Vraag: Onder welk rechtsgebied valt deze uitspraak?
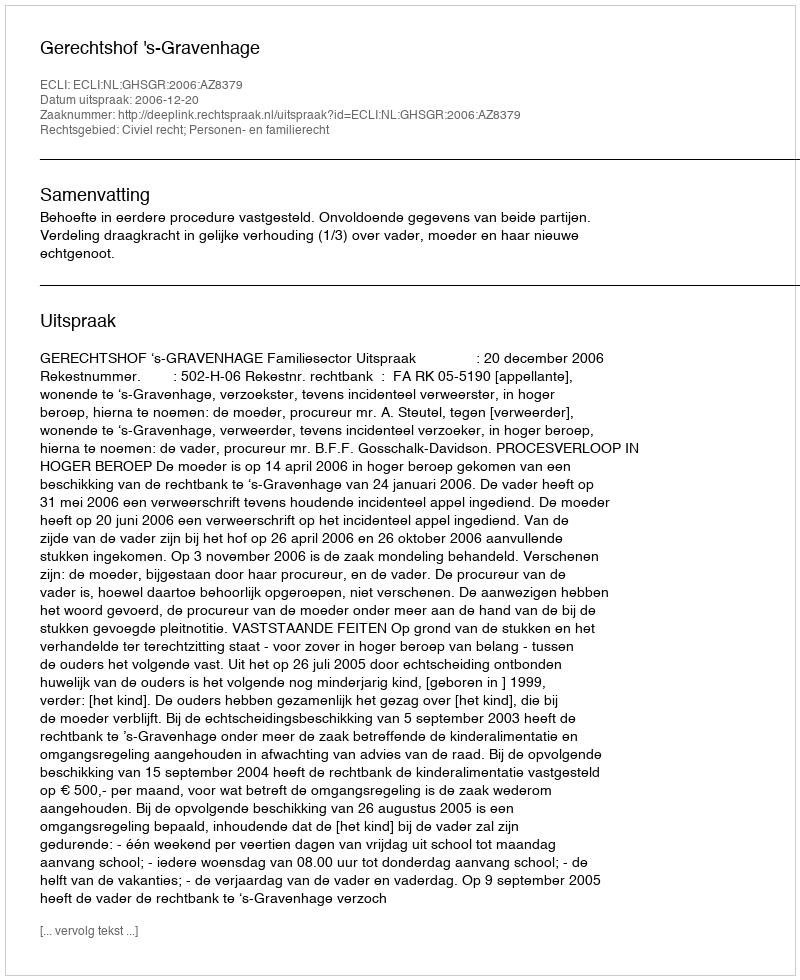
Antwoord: Civiel recht; Personen- en familierecht